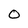
Character: O